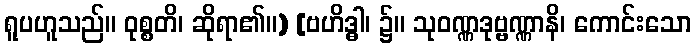
ရူပဟူသည်။ ဝုစ္စတိ၊ ဆိုရာ၏။) [ဗဟိဒ္ဓါ၊ ၌။ သုဝဏ္ဏဒုဗ္ဗဏ္ဏာနိ၊ ကောင်းသော